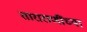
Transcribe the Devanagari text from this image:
ताराराणींच्या